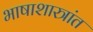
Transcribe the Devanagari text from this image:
भाषाशास्त्रांत